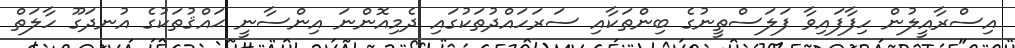
އިސްރާއީލުން ހިފާފައިވާ ފަލަސްތީނުގެ ބިންތަކާއި ސަރަހައްދުތަކުގައި ދެމިއޮންނަ އިންސާނީ ޙައްޤުތަކުގެ އުނދަގޫ ހާލަތް